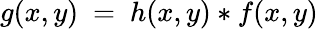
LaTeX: g(x,y)~=~h(x,y)*f(x,y)